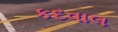
કદવાલ